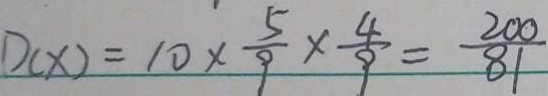
D ( x ) = 1 0 \times \frac { 5 } { 9 } \times \frac { 4 } { 9 } = \frac { 2 0 0 } { 8 1 }